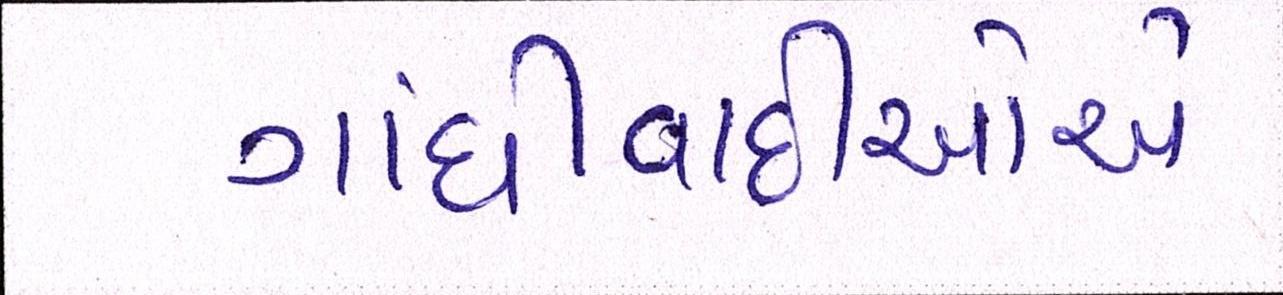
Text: ગાંધીવાદીઓએ